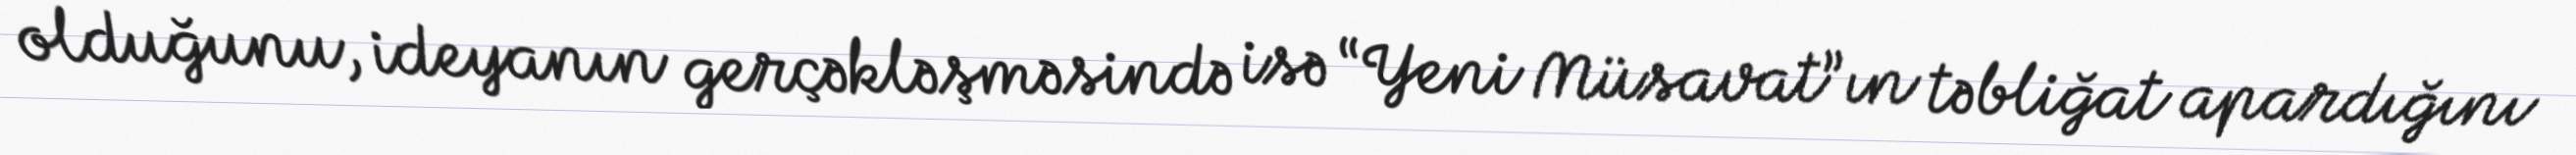
olduğunu, ideyanın gerçəkləşməsində isə “Yeni Müsavat”ın təbliğat apardığını